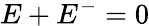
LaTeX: E+E^{-}=0